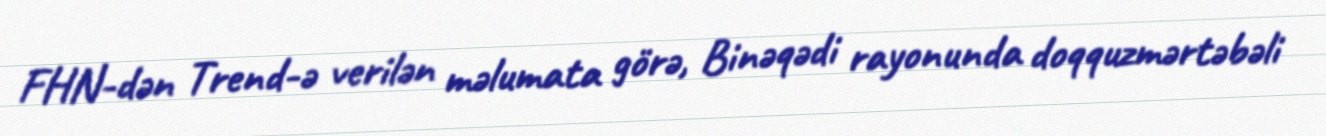
FHN-dən Trend-ə verilən məlumata görə, Binəqədi rayonunda doqquzmərtəbəli